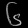
Digit: ၆